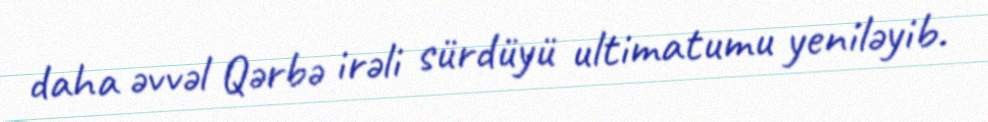
daha əvvəl Qərbə irəli sürdüyü ultimatumu yeniləyib.